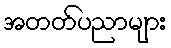
အတတ်ပညာများ